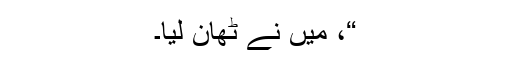
“، میں نے ٹھان لیا۔